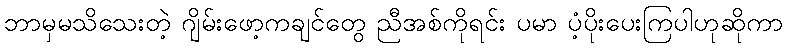
ဘာမှမသိသေးတဲ့ ဂျိမ်းဖော့ကချင်တွေ ညီအစ်ကိုရင်း ပမာ ပံ့ပိုးပေးကြပါဟုဆိုကာ